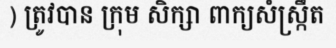
) ត្រូវបាន ក្រុម សិក្សា ពាក្យសំស្ក្រឹត